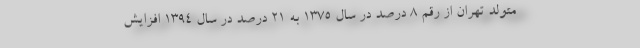
متولد تهران از رقم ۸ درصد در سال ۱۳۷۵ به ۲۱ درصد در سال ۱۳۹۴ افزایش